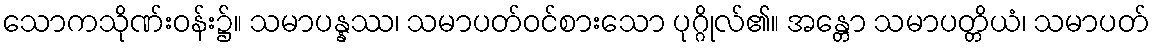
သောကသိုဏ်းဝန်း၌။ သမာပန္နဿ၊ သမာပတ်ဝင်စားသော ပုဂ္ဂိုလ်၏။ အန္တော သမာပတ္တိယံ၊ သမာပတ်